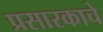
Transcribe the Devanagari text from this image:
प्रसारकाचे